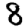
Digit: 8